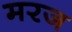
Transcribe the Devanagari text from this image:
मरज